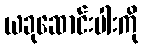
ယခုဆောင်းပါးကို